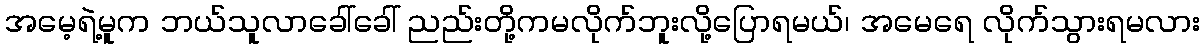
အမေ့ရဲ့မူက ဘယ်သူလာခေါ်ခေါ် ညည်းတို့ကမလိုက်ဘူးလို့ပြောရမယ်၊ အမေရေ လိုက်သွားရမလား